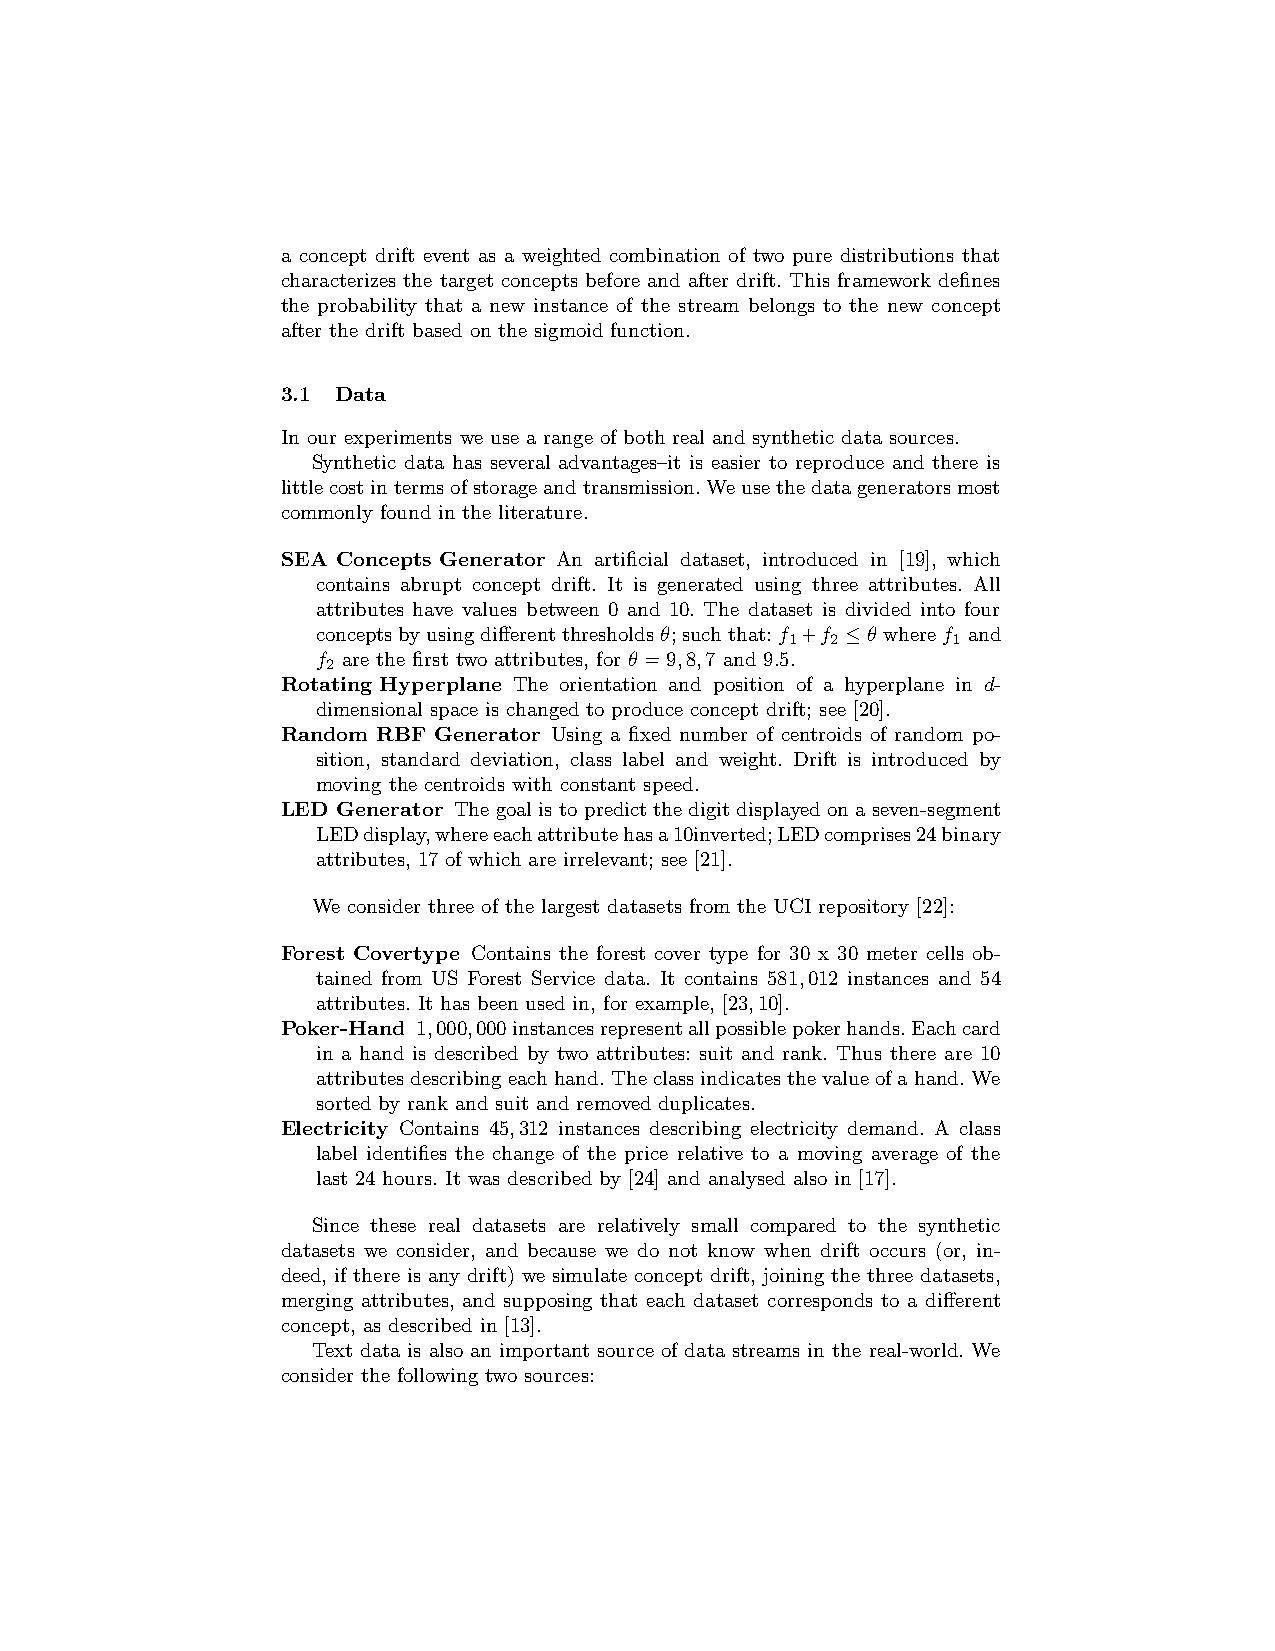
a concept drift event as a weighted combination of two pure distributions that
 characterizes the target concepts before and after drift. This framework defines
 the probability that a new instance of the stream belongs to the new concept
 after the drift based on the sigmoid function.
 3.1 Data
 In our experiments we use a range of both real and synthetic data sources.
 Synthetic data has several advantages–it is easier to reproduce and there is
 littlecostintermsofstorageandtransmission.Weusethedatageneratorsmost
 commonly found in the literature.
 SEA Concepts Generator An artificial dataset, introduced in [19], which
 contains abrupt concept drift. It is generated using three attributes. All
 attributes have values between 0 and 10. The dataset is divided into four
 conceptsbyusingdifferentthresholdsθ;suchthat:f +f ≤θ wheref and
 1  2       1
 f are the first two attributes, for θ =9,8,7 and 9.5.
 2
 Rotating Hyperplane The orientation and position of a hyperplane in d-
 dimensional space is changed to produce concept drift; see [20].
 Random RBF Generator Using a fixed number of centroids of random po-
 sition, standard deviation, class label and weight. Drift is introduced by
 moving the centroids with constant speed.
 LED Generator The goal is to predict the digit displayed on a seven-segment
 LEDdisplay,whereeachattributehasa10inverted;LEDcomprises24binary
 attributes, 17 of which are irrelevant; see [21].
 We consider three of the largest datasets from the UCI repository [22]:
 Forest Covertype Contains the forest cover type for 30 x 30 meter cells ob-
 tained from US Forest Service data. It contains 581,012 instances and 54
 attributes. It has been used in, for example, [23,10].
 Poker-Hand 1,000,000instancesrepresentallpossiblepokerhands.Eachcard
 in a hand is described by two attributes: suit and rank. Thus there are 10
 attributesdescribing each hand.The classindicates thevalue ofa hand.We
 sorted by rank and suit and removed duplicates.
 Electricity Contains 45,312 instances describing electricity demand. A class
 label identifies the change of the price relative to a moving average of the
 last 24 hours. It was described by [24] and analysed also in [17].
 Since these real datasets are relatively small compared to the synthetic
 datasets we consider, and because we do not know when drift occurs (or, in-
 deed, if there is any drift) we simulate concept drift, joining the three datasets,
 merging attributes, and supposing that each dataset corresponds to a different
 concept, as described in [13].
 Text data is also an important source of data streams in the real-world. We
 consider the following two sources: